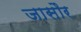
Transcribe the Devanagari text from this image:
जासौर